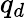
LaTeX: q_{d}